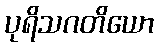
ပုရိသဂတိယော